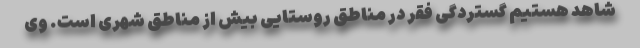
شاهد هستیم گستردگی فقر در مناطق روستایی بیش از مناطق شهری است. وی